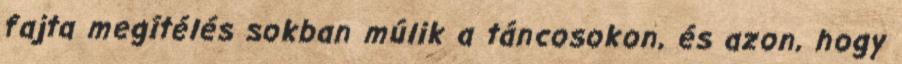
fajta megítélés sokban múlik a táncosokon, és azon, hogy